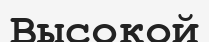
Высокой